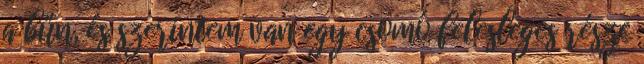
a bűn, és szerintem van egy csomó felesleges része